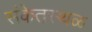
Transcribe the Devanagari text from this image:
संकेतस्‍थळ